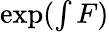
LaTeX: \exp\textstyle(\int F)